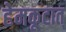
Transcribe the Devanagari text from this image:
हेमकूटात्